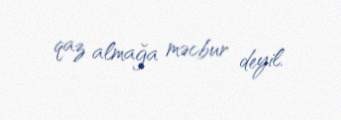
qaz almağa məcbur deyil.